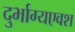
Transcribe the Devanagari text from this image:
दुर्भाग्यएवश